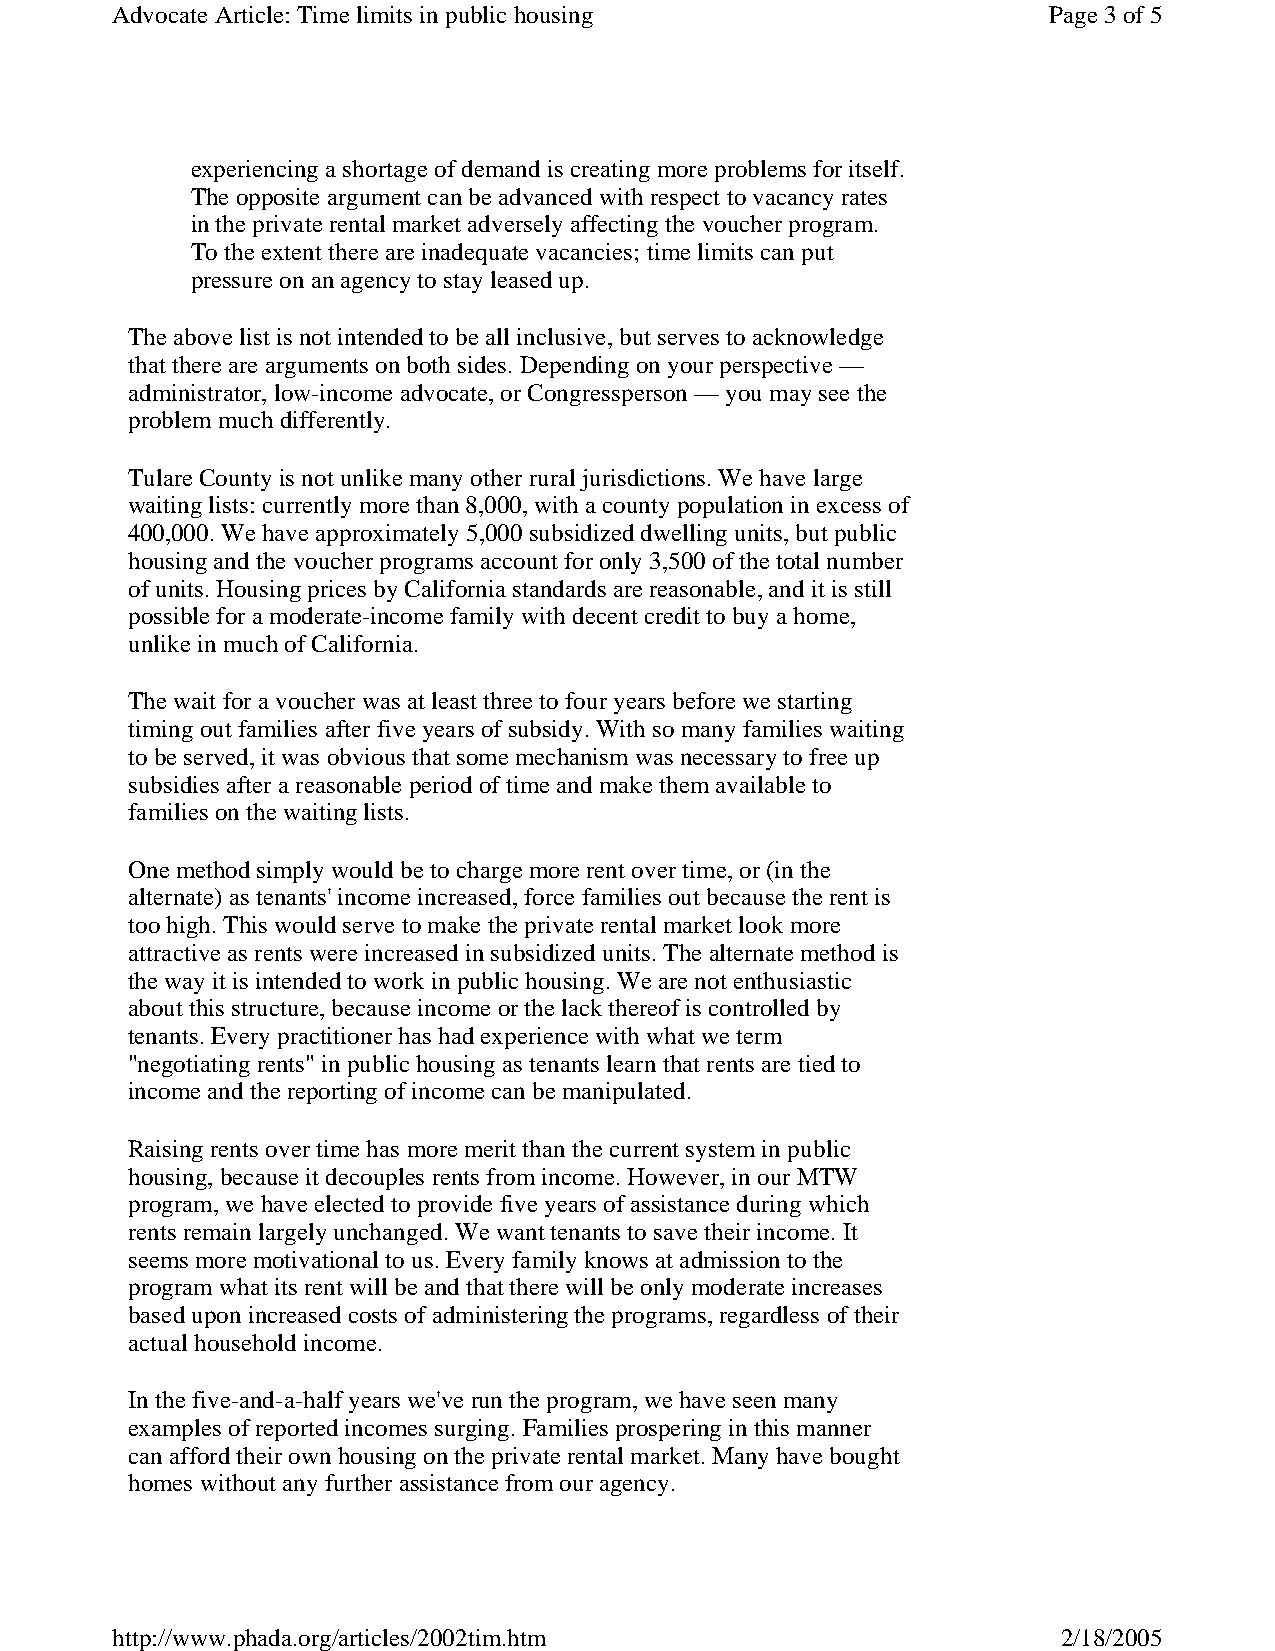
Advocate Article: Time limits in public housing               Page 3of 5
 experiencing a shortage of demand is creating more problems for itself.
 The opposite argument can be advanced with respect to vacancy rates
 in the private rental market adversely affecting the voucher program.
 To the extent there are inadequate vacancies; time limits can put
 pressure on an agency to stay leased up.
 The above list is not intended to be all inclusive, but serves to acknowledge
 that there are arguments on both sides. Depending on your perspective —
 administrator, low-income advocate, or Congressperson — you may see the
 problem much differently.
 Tulare County is not unlike many other rural jurisdictions. We have large
 waiting lists: currently more than 8,000, with a county population in excess of
 400,000. We have approximately 5,000 subsidized dwelling units, but public
 housing and the voucher programs account for only 3,500 of the total number
 of units. Housing prices by California standards are reasonable, and it is still
 possible for a moderate-income family with decent credit to buy a home,
 unlike in much of California.
 The wait for a voucher was at least three to four years before we starting
 timing out families after five years of subsidy. With so many families waiting
 to be served, it was obvious that some mechanism was necessary to free up
 subsidies after a reasonable period of time and make them available to
 families on the waiting lists.
 One method simply would be to charge more rent over time, or (in the
 alternate) as tenants' income increased, force families out because the rent is
 too high. This would serve to make the private rental market look more
 attractive as rents were increased in subsidized units. The alternate method is
 the way it is intended to work in public housing. We are not enthusiastic
 about this structure, because income or the lack thereof is controlled by
 tenants. Every practitioner has had experience with what we term
 "negotiating rents" in public housing as tenants learn that rents are tied to
 income and the reporting of income can be manipulated.
 Raising rents over time has more merit than the current system in public
 housing, because it decouples rents from income. However, in our MTW
 program, we have elected to provide five years of assistance during which
 rents remain largely unchanged. We want tenants to save their income. It
 seems more motivational to us. Every family knows at admission to the
 program what its rent will be and that there will be only moderate increases
 based upon increased costs of administering the programs, regardless of their
 actual household income.
 In the five-and-a-half years we've run the program, we have seen many
 examples of reported incomes surging. Families prospering in this manner
 can afford their own housing on the private rental market. Many have bought
 homes without any further assistance from our agency.
 http://www.phada.org/articles/2002tim.htm                      2/18/2005